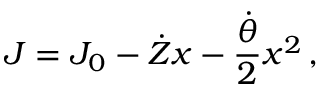
J = J _ { 0 } - \dot { Z } x - \frac { \dot { \theta } } { 2 } x ^ { 2 } \, ,